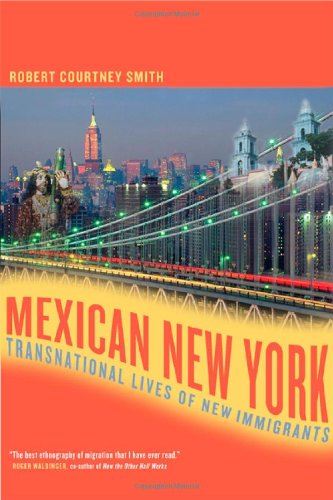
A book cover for Mexican New York: Transnational Lives of New Immigrants; Robert Smith; History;